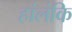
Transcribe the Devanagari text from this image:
हांलंकि